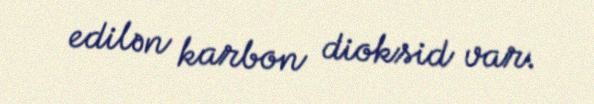
edilən karbon dioksid var.